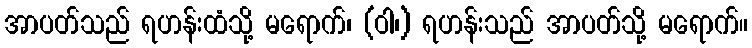
အာပတ်သည် ရဟန်းထံသို့ မရောက်၊ (ဝါ၊) ရဟန်းသည် အာပတ်သို့ မရောက်။